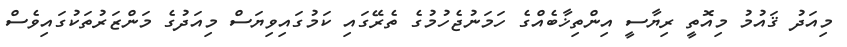
މިއަދު ޤައުމު މިއޮތީ ރިޔާސީ އިންތިޚާބެއްގެ ހަމަނުޖެހުމުގެ ތެރޭގައި ކަމުގައިވިޔަސް މިއަދުގެ މަންޒަރުތަކުގައިވެސް